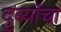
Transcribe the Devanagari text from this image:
दुब्यांचा